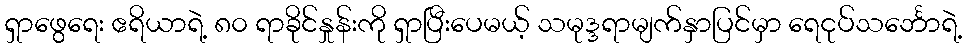
ရှာဖွေရေး ဧရိယာရဲ့ ၈၀ ရာခိုင်နှုန်းကို ရှာပြီးပေမယ့် သမုဒ္ဒရာမျက်နှာပြင်မှာ ရေငုပ်သင်္ဘောရဲ့